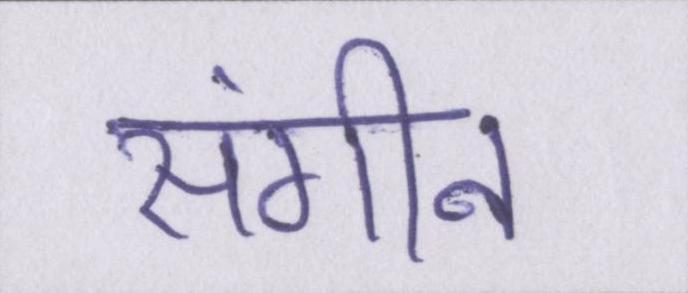
संगीन